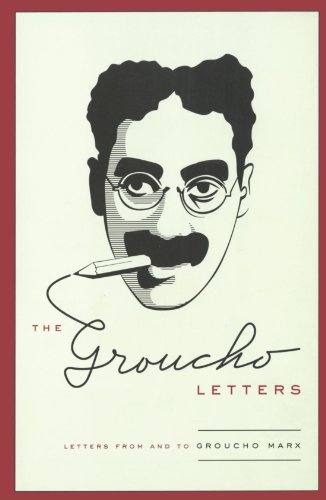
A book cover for The Groucho Letters: Letters from and to Groucho Marx; Groucho Marx; Literature & Fiction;